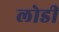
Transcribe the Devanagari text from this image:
लोडी